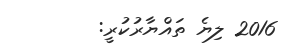
2016 ލިޔެ ތައްޔާރުކުރީ: